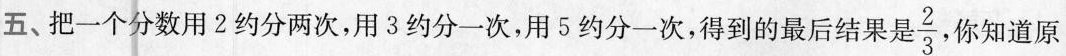
五、把一个分数用2约分两次，用3约分一次，用5约分一次，得到的最后结果是 \frac{2}{3} ，你知道原